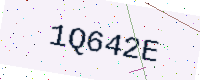
Text: 1Q642E